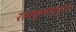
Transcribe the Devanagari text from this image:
रामकृष्णापुरम